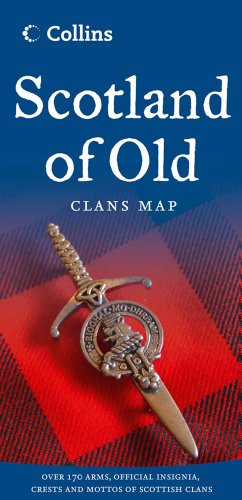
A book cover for Scotland of Old: Clans Map of Scotland (Collins Pictorial Maps); Reference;